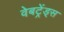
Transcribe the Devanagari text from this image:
वेबट्रेंड्स